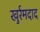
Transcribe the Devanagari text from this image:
खुर्रमदाद